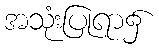
အသုံးပြုရာ၌